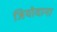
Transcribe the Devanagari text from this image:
जियोवाना